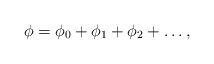
LaTeX: \begin{align*}\phi = \phi_0 +\phi_1 + \phi_2+ \ldots,\end{align*}